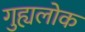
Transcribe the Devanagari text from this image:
गुह्यलोक